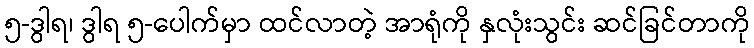
၅-ဒွါရ၊ ဒွါရ ၅-ပေါက်မှာ ထင်လာတဲ့ အာရုံကို နှလုံးသွင်း ဆင်ခြင်တာကို